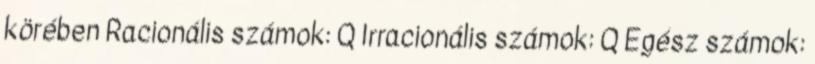
körében Racionális számok: Q Irracionális számok: Q Egész számok: